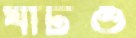
ঘাটও